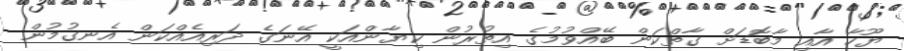
ޔޫހާ އާއި މާބޮޑަށް ގާތްކަން ބޭއްވުމުގެ އިތުރުން ކިޔާންއަކީ އޭނަގެ ދަރިއެއްކަން އެނގުމުން